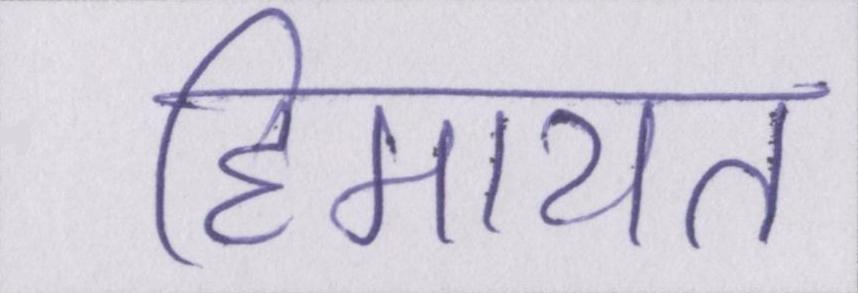
हिमायत